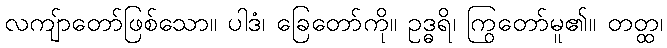
လကျ်ာတော်ဖြစ်သော။ ပါဒံ၊ ခြေတော်ကို။ ဥဒ္ဓရိ၊ ကြွတော်မူ၏။ တတ္ထ၊